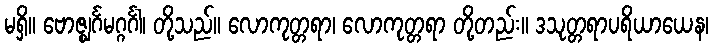
မရှိ။ ဗောဇ္ဈင်္ဂမဂ္ဂင်္ဂါ၊ တို့သည်။ လောကုတ္တရာ၊ လောကုတ္တရာ တို့တည်း။ ဒသုတ္တရာပရိယာယေန၊